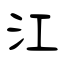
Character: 江